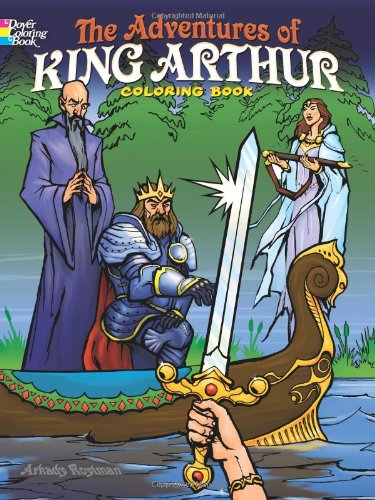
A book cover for The Adventures of King Arthur Coloring Book (Dover Coloring Books for Children); Arkady Roytman; Children's Books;